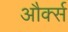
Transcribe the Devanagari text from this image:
और्क्स